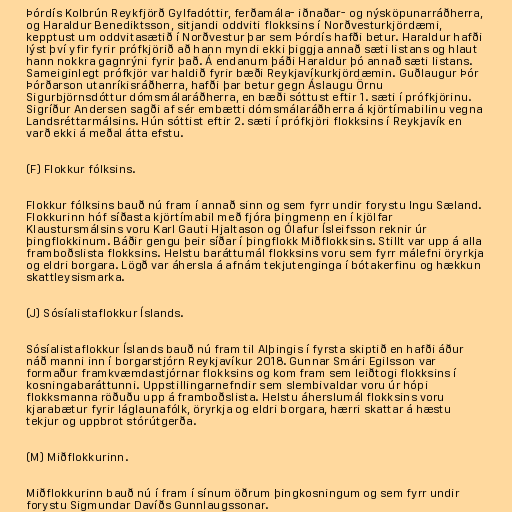
Þórdís Kolbrún Reykfjörð Gylfadóttir, ferðamála- iðnaðar- og nýsköpunarráðherra,
og Haraldur Benediktsson, sitjandi oddviti flokksins í Norðvesturkjördæmi,
kepptust um oddvitasætið í Norðvestur þar sem Þórdís hafði betur. Haraldur hafði
lýst því yfir fyrir prófkjörið að hann myndi ekki þiggja annað sæti listans og hlaut
hann nokkra gagnrýni fyrir það. Á endanum þáði Haraldur þó annað sæti listans.
Sameiginlegt prófkjör var haldið fyrir bæði Reykjavíkurkjördæmin. Guðlaugur Þór
Þórðarson utanríkisráðherra, hafði þar betur gegn Áslaugu Örnu
Sigurbjörnsdóttur dómsmálaráðherra, en bæði sóttust eftir 1. sæti í prófkjörinu.
Sigríður Andersen sagði af sér embætti dómsmálaráðherra á kjörtímabilinu vegna
Landsréttarmálsins. Hún sóttist eftir 2. sæti í prófkjöri flokksins í Reykjavík en
varð ekki á meðal átta efstu.

(F) Flokkur fólksins.

Flokkur fólksins bauð nú fram í annað sinn og sem fyrr undir forystu Ingu Sæland.
Flokkurinn hóf síðasta kjörtímabil með fjóra þingmenn en í kjölfar
Klaustursmálsins voru Karl Gauti Hjaltason og Ólafur Ísleifsson reknir úr
þingflokkinum. Báðir gengu þeir síðar í þingflokk Miðflokksins. Stillt var upp á alla
framboðslista flokksins. Helstu baráttumál flokksins voru sem fyrr málefni öryrkja
og eldri borgara. Lögð var áhersla á afnám tekjutenginga í bótakerfinu og hækkun
skattleysismarka.

(J) Sósíalistaflokkur Íslands.

Sósíalistaflokkur Íslands bauð nú fram til Alþingis í fyrsta skiptið en hafði áður
náð manni inn í borgarstjórn Reykjavíkur 2018. Gunnar Smári Egilsson var
formaður framkvæmdastjórnar flokksins og kom fram sem leiðtogi flokksins í
kosningabaráttunni. Uppstillingarnefndir sem slembivaldar voru úr hópi
flokksmanna röðuðu upp á framboðslista. Helstu áherslumál flokksins voru
kjarabætur fyrir láglaunafólk, öryrkja og eldri borgara, hærri skattar á hæstu
tekjur og uppbrot stórútgerða.

(M) Miðflokkurinn.

Miðflokkurinn bauð nú í fram í sínum öðrum þingkosningum og sem fyrr undir
forystu Sigmundar Davíðs Gunnlaugssonar.